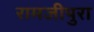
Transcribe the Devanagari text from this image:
रामजीपुरा